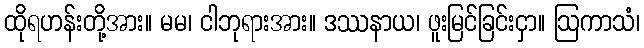
ထိုရဟန်းတို့အား။ မမ၊ ငါဘုရားအား။ ဒဿနာယ၊ ဖူးမြင်ခြင်းငှာ။ ဩကာသံ၊